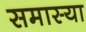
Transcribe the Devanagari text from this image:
समास्या